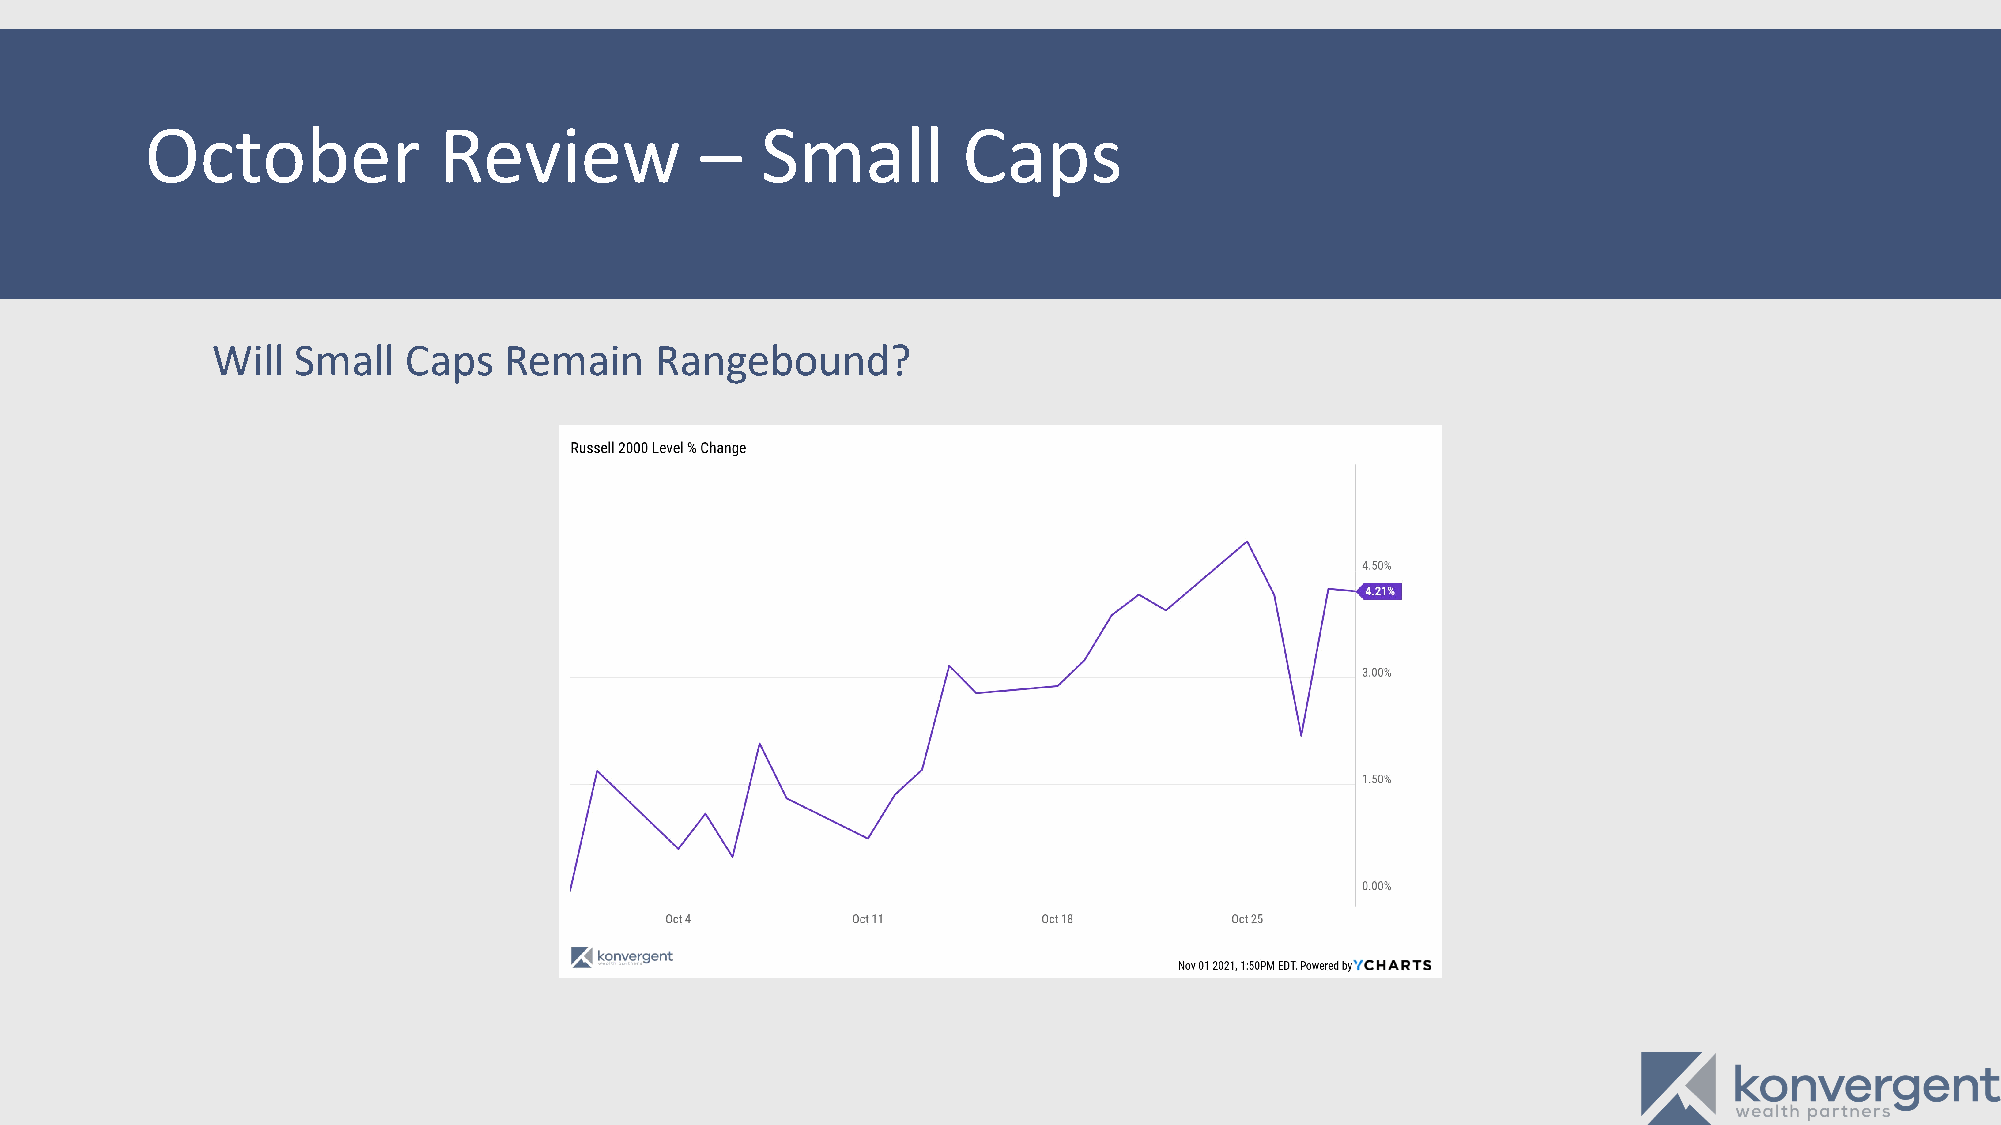
October            Review           –   Small         Caps
 Will  Small  Caps  Remain    Rangebound?